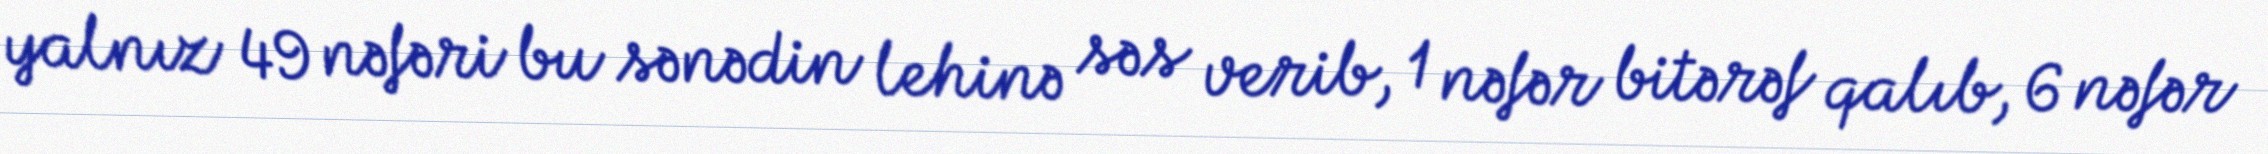
yalnız 49 nəfəri bu sənədin lehinə səs verib, 1 nəfər bitərəf qalıb, 6 nəfər